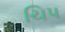
ચિપ